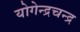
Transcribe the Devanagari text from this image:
योगेन्द्रचन्द्र